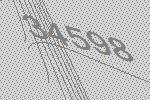
34598